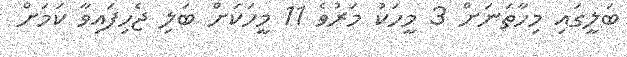
ބަލީގައި މިހާތަނަށް 3 މީހަކު މަރުވެ 11 މީހަކަށް ބަލި ޖެހިފައިވާ ކަމަށް